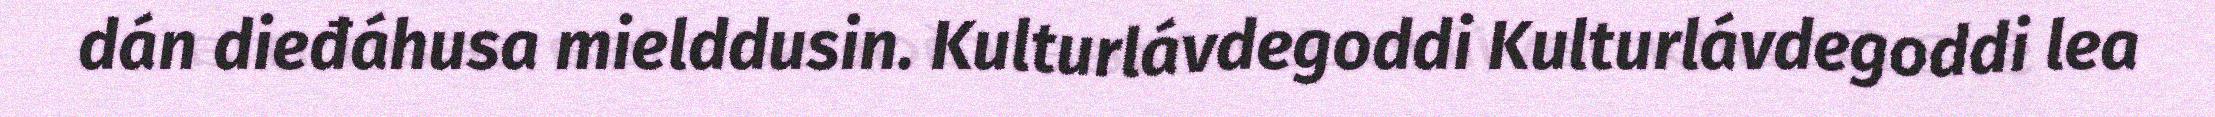
dán dieđáhusa mielddusin. Kulturlávdegoddi Kulturlávdegoddi lea